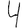
Digit: 4